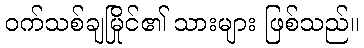
ဝက်သစ်ချမြိုင်၏ သားများ ဖြစ်သည်။